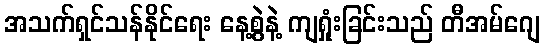
အသက်ရှင်သန်နိုင်ရေး နေ့စွဲနဲ့ ကျရှုံးခြင်းသည် တီအမ်ဂျေ